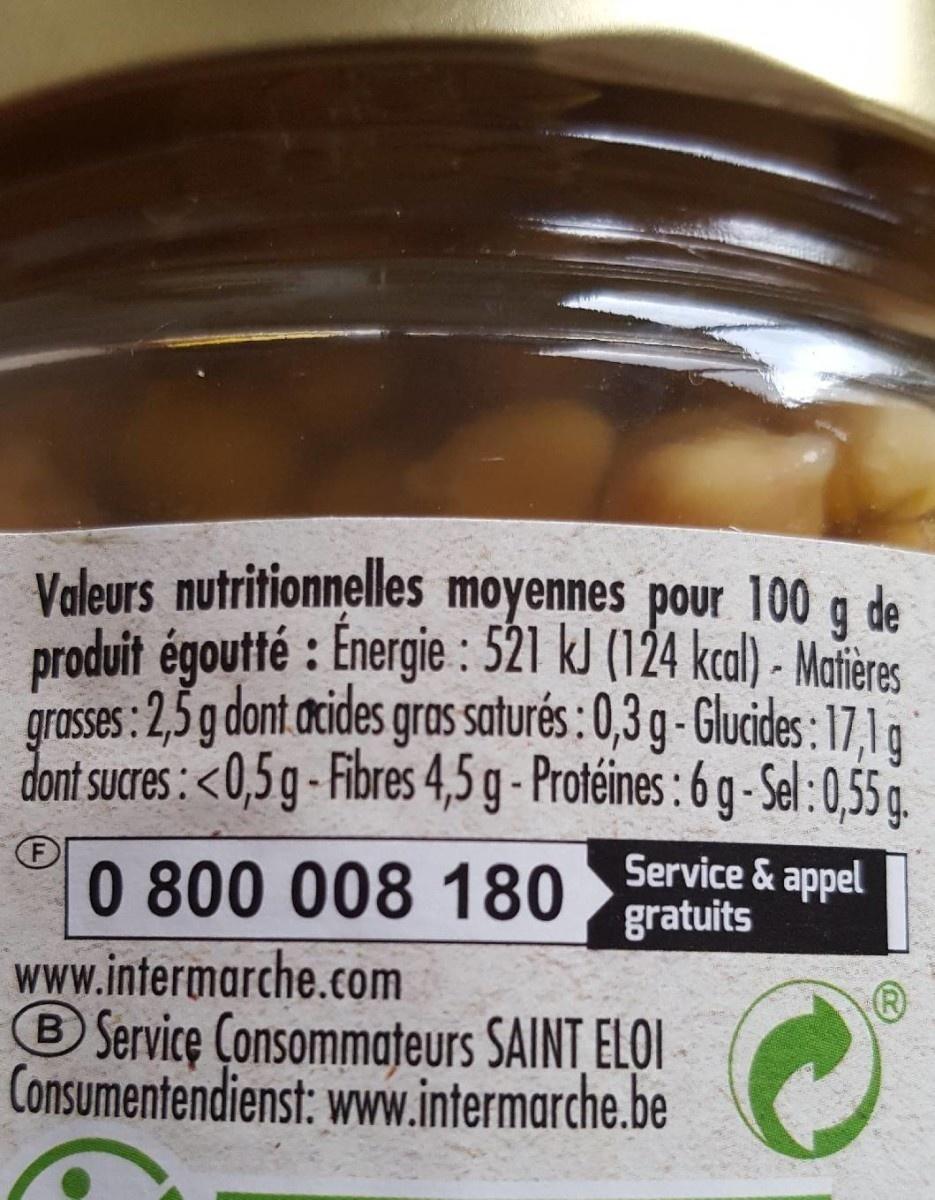
Valeurs nutritionnelles moyennes pour 100 g de produit égoutté : Energie : 521 kl (124 kcal) - Matieres grasses : 2,5 g dont acides gras saturés : 0,3 g - Glucides:17,1a dont sucres: <0,5 g - Fibres 4,5 g - Protéines : 6 g- Sel:0,55a.
0 800 008 180
Service & appel gratuits
www.intermarche.com Service Çonsommateurs SAINT ELOI Consumentendienst: www.intermarche.be